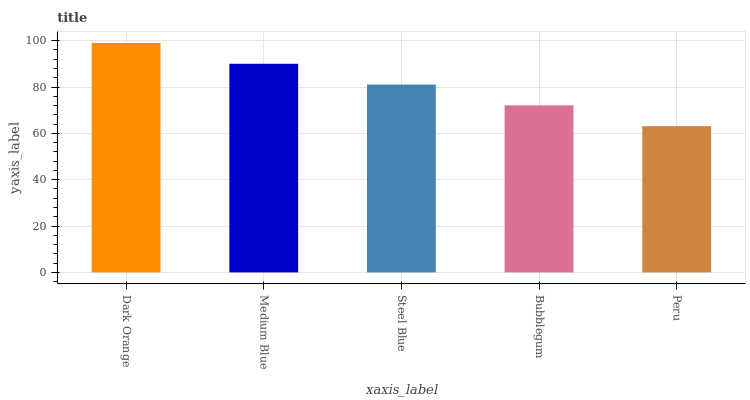
| xaxis_label | bars |
 | --- | --- |
 | Dark Orange | 99 |
 | Medium Blue | 90 |
 | Steel Blue | 81.1 |
 | Bubblegum | 72.1 |
 | Peru | 63.1 |